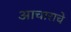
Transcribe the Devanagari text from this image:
आचाराचे